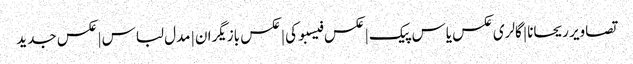
تصاویر ریحانا | گالری عکس یاس پیک | عکس فیسبوکی | عکس بازیگران | مدل لباس | عکس جدید